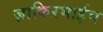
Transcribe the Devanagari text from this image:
ज़ाकिरभाईच